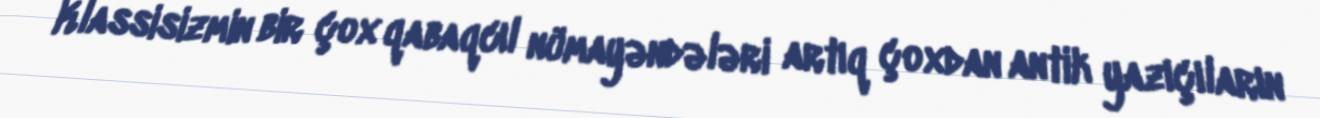
Klassisizmin bir çox qabaqcıl nümayəndələri artıq çoxdan antik yazıçıların